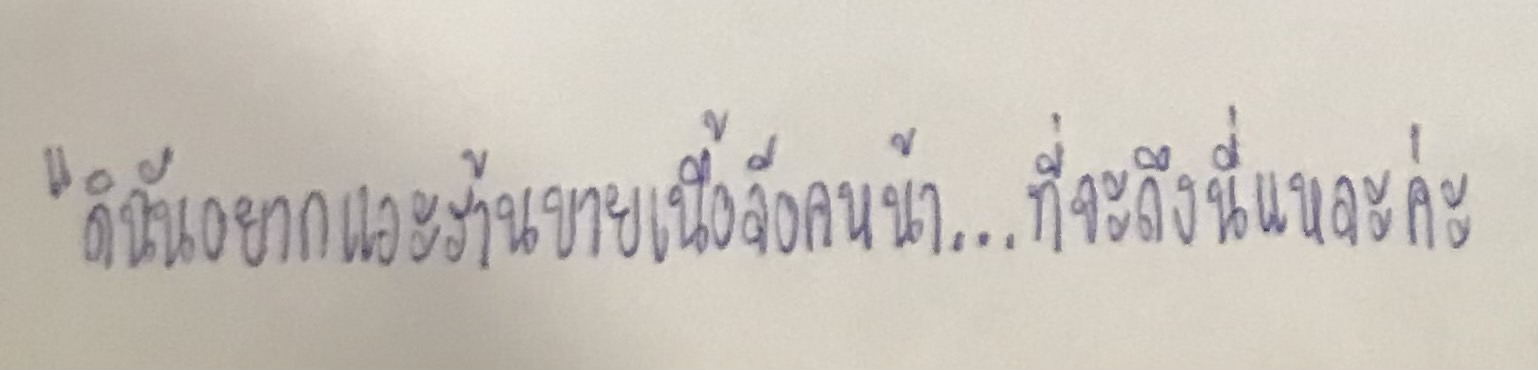
"ดิฉันอยากแวะร้านขายเนื้อล็อคหน้า...ที่จะถึงนี่แหละค่ะ